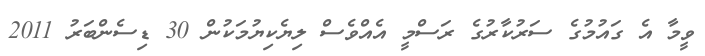
ވީމާ އެ ގައުމުގެ ސަރުކާރުގެ ރަސްމީ އެއްވެސް ލިޔެކިޔުމަކުން 30 ޑިސެންބަރު 2011